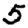
Digit: 5